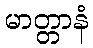
မာတ္တာနံ